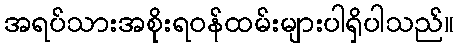
အရပ်သားအစိုးရဝန်ထမ်းများပါရှိပါသည်။